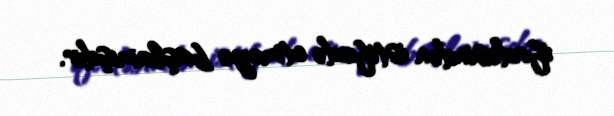
ifadəsindən istifadə etməyə başlamışdır.